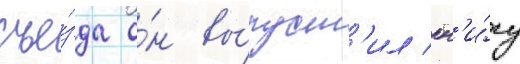
съе́зда о́н вы́пуст'ил кн'и́гу